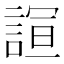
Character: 𮘙